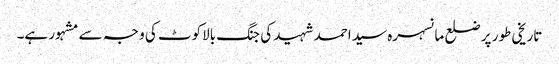
تاریخی طور پر ضلع مانسہرہ سید احمد شہید کی جنگ بالاکوٹ کی و جہ سے مشہور ہے۔